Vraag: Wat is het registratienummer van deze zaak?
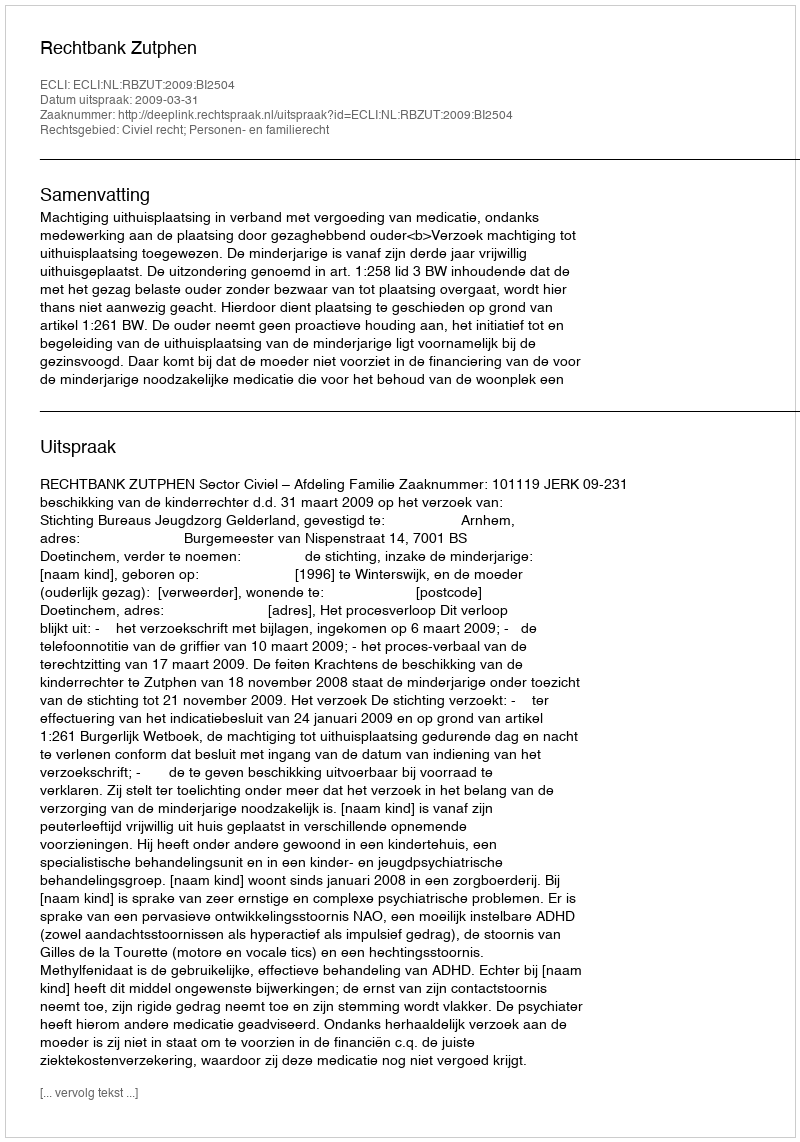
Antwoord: http://deeplink.rechtspraak.nl/uitspraak?id=ECLI:NL:RBZUT:2009:BI2504